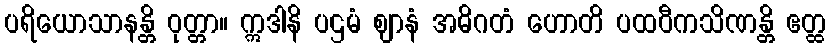
ပရိယောသာနန္တိ ဝုတ္တာ။ ဣဒါနိ ပဌမံ ဈာနံ အဓိဂတံ ဟောတိ ပထဝီကသိဏန္တိ ဧတ္ထ